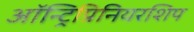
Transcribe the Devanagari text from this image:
ऑन्ट्रिप्रिनियरशिप